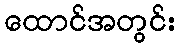
ထောင်အတွင်း